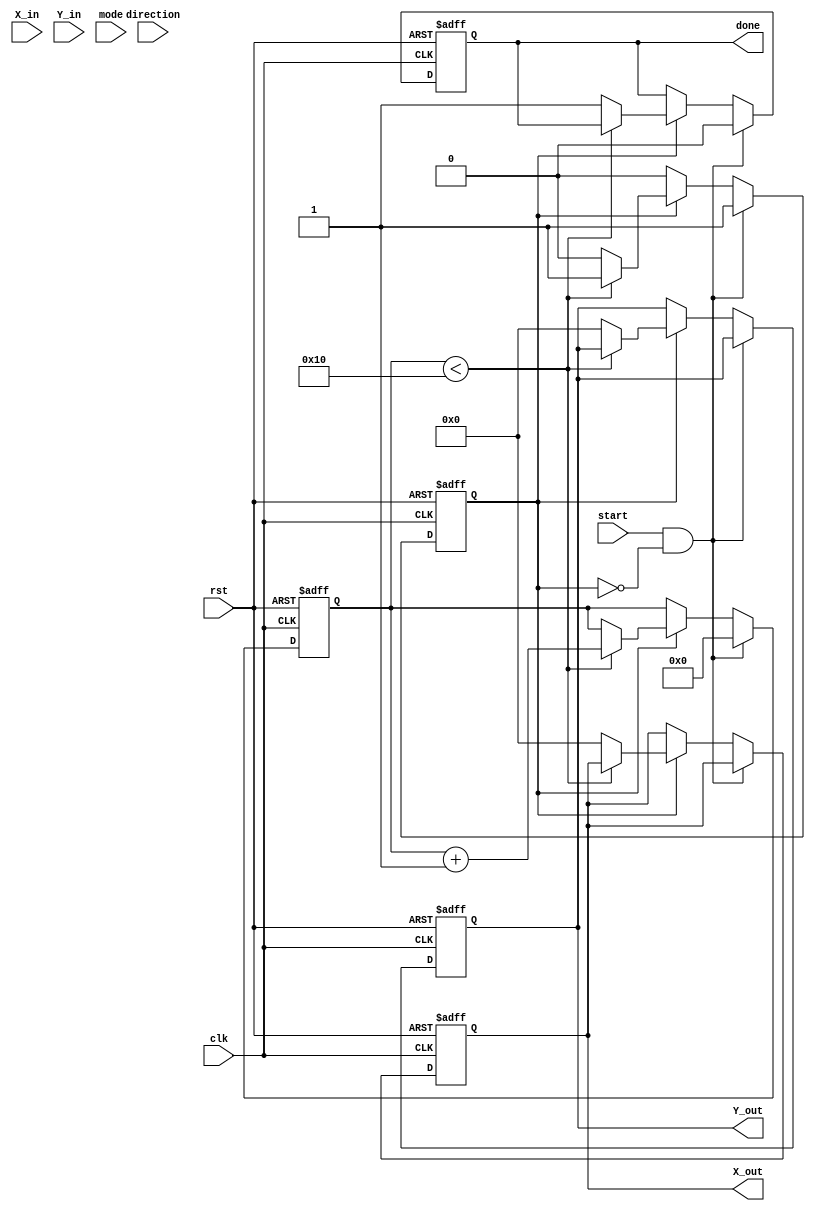
module cordic #(
    parameter DATA_WIDTH = 16,      // Width of input/output data
    parameter NUM_ITERATIONS = 16    // Number of iterations for precision
)(
    input wire clk,                  // Clock signal
    input wire rst,                  // Reset signal
    input wire [DATA_WIDTH-1:0] X_in, // Input X coordinate
    input wire [DATA_WIDTH-1:0] Y_in, // Input Y coordinate
    input wire mode,                 // Mode: 0 = rotation, 1 = vectoring
    input wire direction,            // Direction: 0 = clockwise, 1 = counter-clockwise
    input wire start,                // Start signal for computation
    output reg [DATA_WIDTH-1:0] X_out, // Output X coordinate
    output reg [DATA_WIDTH-1:0] Y_out, // Output Y coordinate
    output reg done                  // Done signal
);

    // Pre-computed angle lookup table (in fixed-point format)
    reg [DATA_WIDTH-1:0] angle_table [0:NUM_ITERATIONS-1];
    
    // Internal registers
    reg [DATA_WIDTH-1:0] X_reg, Y_reg;
    reg [4:0] iteration; // To count iterations
    reg computing; // State to indicate if computation is ongoing

    // Initialize angle table with pre-computed values (example values)
    initial begin
        angle_table[0] = 16'h26DD; // atan(2^-0)
        angle_table[1] = 16'h1C71; // atan(2^-1)
        angle_table[2] = 16'h1644; // atan(2^-2)
        angle_table[3] = 16'h0F32; // atan(2^-3)
        angle_table[4] = 16'h0A3D; // atan(2^-4)
        angle_table[5] = 16'h0519; // atan(2^-5)
        angle_table[6] = 16'h028B; // atan(2^-6)
        angle_table[7] = 16'h0143; // atan(2^-7)
        angle_table[8] = 16'h00A2; // atan(2^-8)
        angle_table[9] = 16'h0051; // atan(2^-9)
        angle_table[10] = 16'h0028; // atan(2^-10)
        angle_table[11] = 16'h0014; // atan(2^-11)
        angle_table[12] = 16'h000A; // atan(2^-12)
        angle_table[13] = 16'h0005; // atan(2^-13)
        angle_table[14] = 16'h0002; // atan(2^-14)
        angle_table[15] = 16'h0001; // atan(2^-15)
    end

    // Scaling factor (for CORDIC)
    localparam SCALING_FACTOR = 16'hB504; // Approx. 0.607

    // Sequential logic for computation
    always @(posedge clk or posedge rst) begin
        if (rst) begin
            X_reg <= 0;
            Y_reg <= 0;
            iteration <= 0;
            computing <= 0;
            done <= 0;
            X_out <= 0;
            Y_out <= 0;
        end else if (start && !computing) begin
            // Initialize registers
            X_reg <= X_in;
            Y_reg <= Y_in;
            iteration <= 0;
            computing <= 1;
            done <= 0;
        end else if (computing) begin
            if (iteration < NUM_ITERATIONS) begin
                // Perform rotation or vectoring based on mode
                if (mode == 0) begin // Rotation
                    if (direction == 0) begin // Clockwise
                        X_reg <= X_reg + (Y_reg >>> iteration);
                        Y_reg <= Y_reg - (X_reg >>> iteration);
                    end else begin // Counter-clockwise
                        X_reg <= X_reg - (Y_reg >>> iteration);
                        Y_reg <= Y_reg + (X_reg >>> iteration);
                    end
                end else begin // Vectoring
                    if (Y_reg < 0) begin
                        X_reg <= X_reg + (Y_reg >>> iteration);
                        Y_reg <= Y_reg + (X_reg >>> iteration);
                    end else begin
                        X_reg <= X_reg - (Y_reg >>> iteration);
                        Y_reg <= Y_reg - (X_reg >>> iteration);
                    end
                end
                iteration <= iteration + 1;
            end else begin
                // Final scaling
                X_out <= X_reg * SCALING_FACTOR >>> 16;
                Y_out <= Y_reg * SCALING_FACTOR >>> 16;
                computing <= 0;
                done <= 1;
            end
        end
    end

endmodule